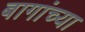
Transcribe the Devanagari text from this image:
बागांच्या